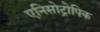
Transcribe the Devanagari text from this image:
एनिसोट्रोपिक